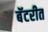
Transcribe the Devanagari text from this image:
बॅटरीत